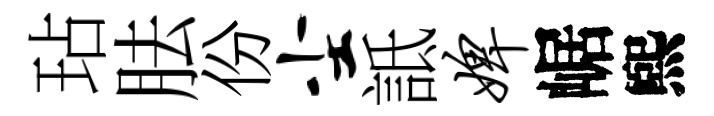
玷胠份尘詆婢崌煕